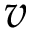
v